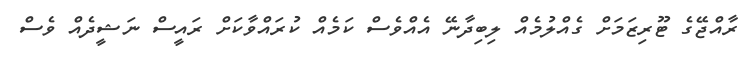
ރާއްޖޭގެ ޓޫރިޒަމަށް ގެއްލުމެއް ލިބިދާނޭ އެއްވެސް ކަމެއް ކުރައްވާކަށް ރައީސް ނަޝީދެއް ވެސް